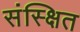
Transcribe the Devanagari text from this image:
संस्क्षित